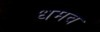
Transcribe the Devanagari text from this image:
धमव